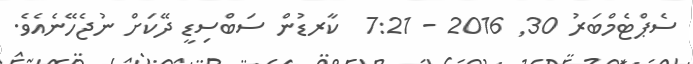
ސެޕްޓެމްބަރު 30